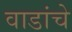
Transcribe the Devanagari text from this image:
वाडांचे